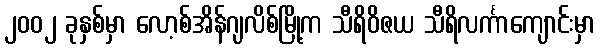
၂၀၀၂ ခုနှစ်မှာ လော့စ်အိန်ဂျလိစ်မြို့က သီရိဝိဇယ သီရိလင်္ကာကျောင်းမှာ